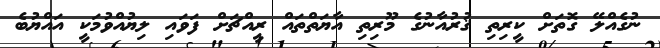
ނުގެެއްލޭ ގޮތަށް ކީރިތި ޤުރުއާނުގެ މޫރިތި އާޔަތްތައް ރީއްޗަށް ފަވައި ލިޔުއްވުމަކީ އައްޔުބެ